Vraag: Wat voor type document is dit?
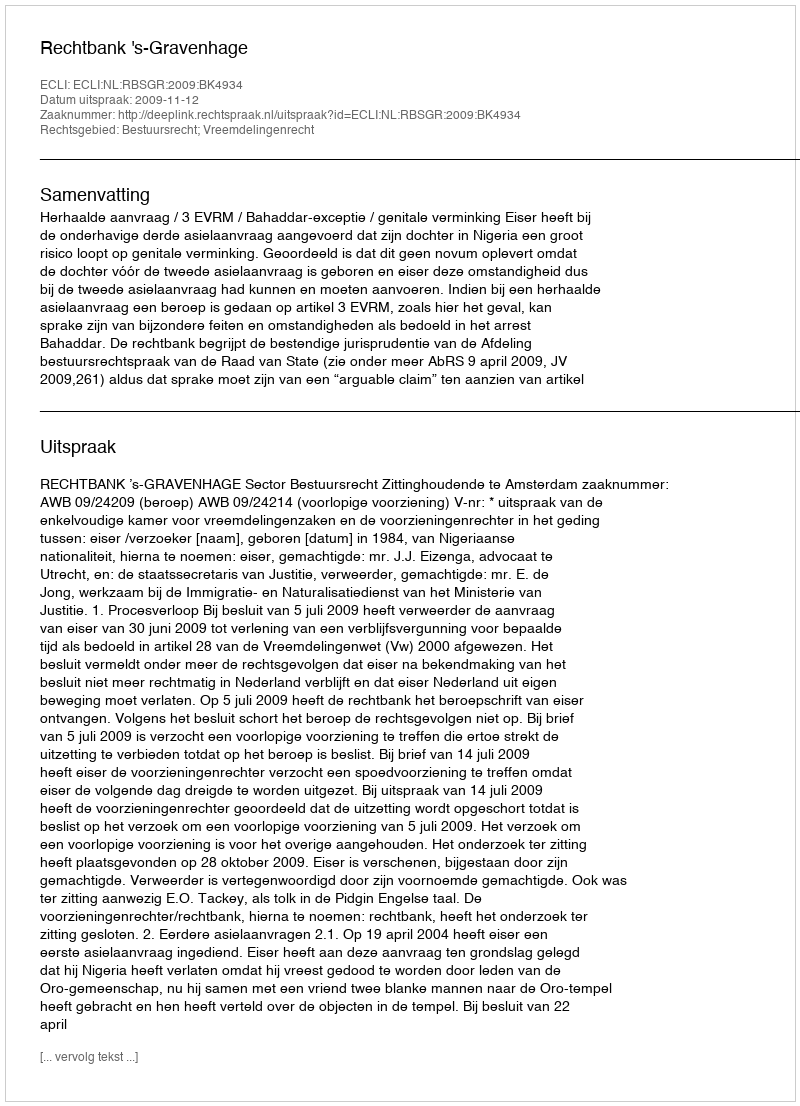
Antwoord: Uitspraak